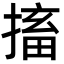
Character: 搐